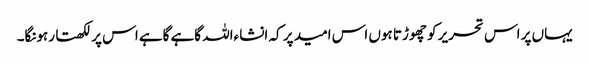
یہاں پر اس تحریر کو چھوڑتا ہوں اس امید پر کہ انشاءاللہ گاہے گاہے اس پر لکھتا رہونگا۔